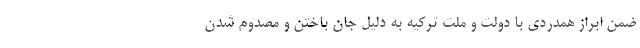
ضمن ابراز همدردی با دولت و ملت ترکیه به دلیل جان باختن و مصدوم شدن